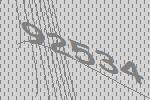
92534